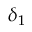
\delta _ { 1 }